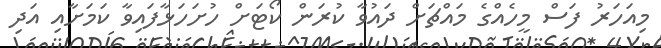
މިއަހަރު ފަސް މީހެއްގެ މައްޗަށް ދައުވާ ކުރަން ކޯޓަށް ހުށަހަޅާފައިވާ ކަމަށާއި އަދި